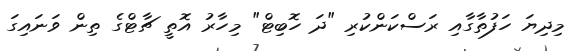
މިދިޔަ ހަފުތާގާއި ރަސްކަންކުރި "ދަ ހޮބިޓް" މިހާރު އޮތީ ޗާޓްގެ ތިން ވަނައިގަ